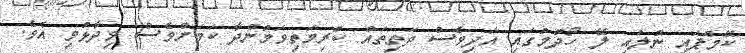
ކޭމްޕައި ނުލައި ލޭ ހޯދުމުގައި އަދިވެސް ދަތިތައް ކުރިމަތިވަމުންދާ ކަމަށްވެސް ވިދާޅުވި އެވެ.